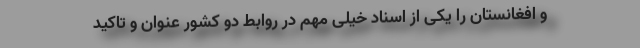
و افغانستان را یکی از اسناد خیلی مهم در روابط دو کشور عنوان و تاکید